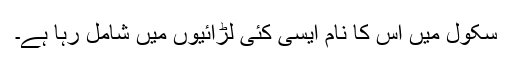
سکول میں اس کا نام ایسی کئی لڑائیوں میں شامل رہا ہے۔